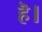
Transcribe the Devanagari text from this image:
हॆ।